Indian journal of veterinary science and animal husbandry - Volumes 28-29, 1958-1959
Year: 1958
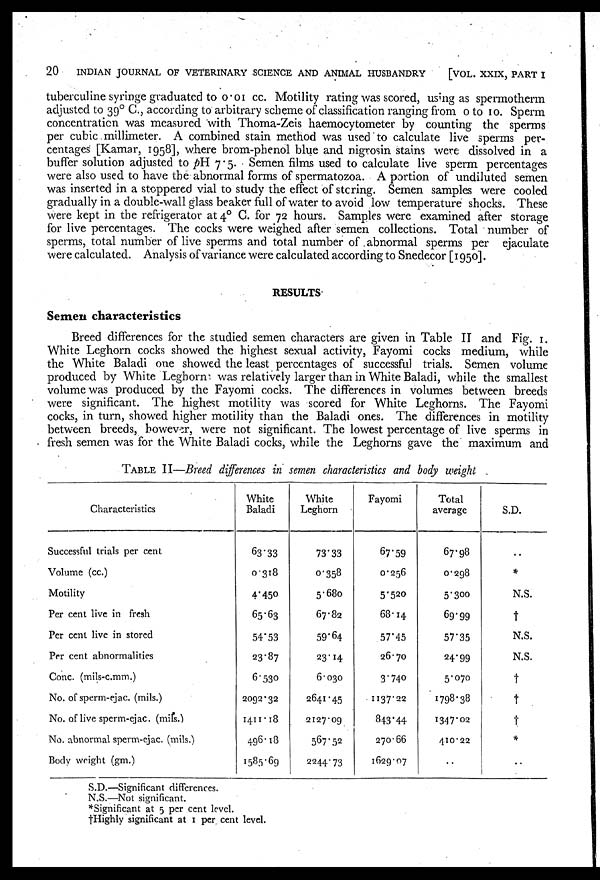
20 INDIAN JOURNAL OF VETERINARY SCIENCE AND ANIMAL HUSBANDRY
[VOL. XXIX, PART I
tuberculine syringe graduated to 0.01 cc. Motility rating was scored, using as spermotherm
adjusted to 39°C., according to arbitrary scheme of classification ranging from 0 to 10. Sperm
concentration was measured with Thoma-Zeis haemocytometer by counting the sperms
per cubic millimeter. A combined stain method was used to calculate live sperms per-
centages [Kamar, 1958], where brom-phenol blue and nigrosin stains were dissolved in a
buffer solution adjusted to pH 7.5. Semen films used to calculate live sperm percentages
were also used to have the abnormal forms of spermatozoa. A portion of undiluted semen
was inserted in a stoppered vial to study the effect of storing. Semen samples were cooled
gradually in a double-wall glass beaker full of water to avoid low temperature shocks. These
were kept in the refrigerator at 4° C. for 72 hours. Samples were examined after storage
for live percentages. The cocks were weighed after semen collections. Total number of
sperms, total number of live sperms and total number of abnormal sperms per ejaculate
were calculated. Analysis of variance were calculated according to Snedecor [1950].
RESULTS
Semen characteristics
Breed differences for the studied semen characters are given in Table II and Fig. 1.
White Leghorn cocks showed the highest sexual activity, Fayomi cocks medium, while
the White Baladi one showed the least percentages of successful trials. Semen volume
produced by White Leghorn was relatively larger than in White Baladi, while the smallest
volume was produced by the Fayomi cocks. The differences in volumes between breeds
were significant. The highest motility was scored for White Leghorns. The Fayomi
cocks, in turn, showed higher motility than the Baladi ones. The differences in motility
between breeds, however, were not significant. The lowest percentage of live sperms in
fresh semen was for the White Baladi cocks, while the Leghorns gave the maximum and
TABLE II—Breed differences in semen characteristics and body weight
Characteristics
Successful trials per cent
Volume (cc.)
Motility
Per cent live in fresh
Per cent live in stored
Per cent abnormalities
Conc. (mils-c.mm.)
No. of sperm-ejac. (mils.)
No. of live sperm-ejac. (mils.)
No. abnormal sperm-ejac. (mils.)
Body weight (gm.)
White
Baladi
63.33
0.318
4.450
65.63
54.53
23.87
6.530
2092.32
1411.18
496.18
1585.69
White
Leghorn
73.33
0.358
5.680
67.82
59.64
23.14
6.030
2641.45
2127.09
567.52
2244.73
Fayomi
67.59
0.256
5.520
68.14
57.45
26.70
3.740
1137.22
843.44
270.66
1629.07
Total
average
67.98
0.298
5.300
69.99
57.35
24.99
5.070
1798.38
1347.02
410.22
. .
S.D.
..
*
N.S.
†
N.S.
N.S.
†
†
†
*
. .
S.D.—Significant differences.
N.S.—Not significant.
*Significant at 5 per cent level.
†Highly significant at 1 per cent level.